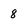
Character: 8